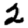
Digit: 2